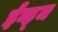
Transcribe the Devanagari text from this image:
ईव्ह्‌ज